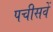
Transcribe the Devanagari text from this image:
पचीसवें